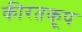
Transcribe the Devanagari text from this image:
कीरतकूप